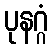
ပုနဂ္ဂံ